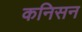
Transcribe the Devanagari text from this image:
कनिसन